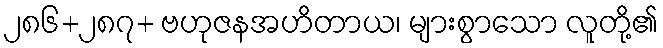
၂၈၆+၂၈၇+ ဗဟုဇနအဟိတာယ၊ များစွာသော လူတို့၏